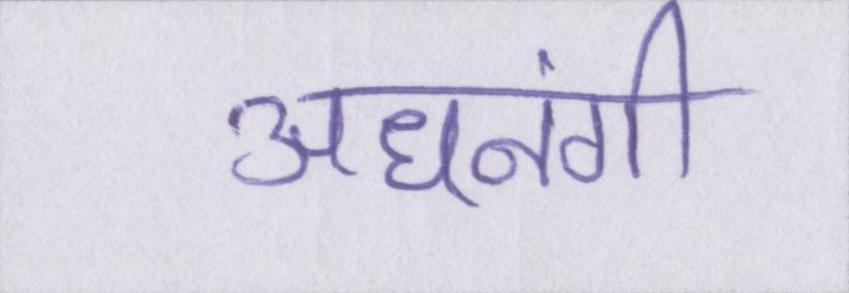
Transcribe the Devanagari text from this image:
अधनंगी